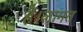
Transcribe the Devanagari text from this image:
है।लागत